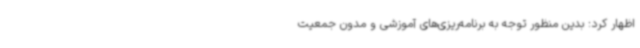
اظهار کرد: بدین منظور توجه به برنامه‌ریزی‌های آموزشی و مدون جمعیت